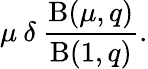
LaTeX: \mu\: \delta\: \frac{\mathrm{B}(\mu,q)}{\mathrm{B}(1,q)}.